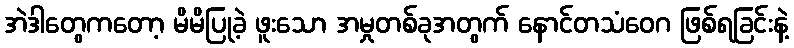
အဲဒါတွေကတော့ မိမိပြုခဲ့ ဖူးသော အမှုတစ်ခုအတွက် နောင်တသံဝေဂ ဖြစ်ရခြင်းနဲ့